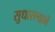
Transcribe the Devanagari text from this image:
सुधारल्याने